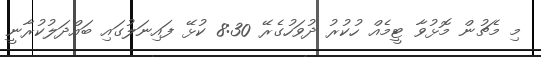
މި މެޗުން މޮޅުވާ ޓީމެއް ހުކުރު ދުވަހުގެރޭ 8:30 ކުޅޭ ފައިނަލުގައި ބައްދަލުކުރާނީ